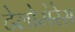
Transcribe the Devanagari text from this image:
टेलोमेरेस